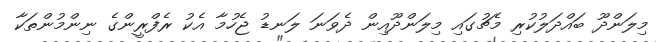
މިލަންދޫ ބައްދަލުކުރި މެޗުގައި މިލަންދޫއިން ދެވަނަ ލަނޑު ޖެހުމާ އެކު ރެފްރީންގެ ނިންމުންތަކާ